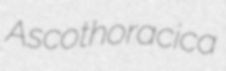
Ascothoracica